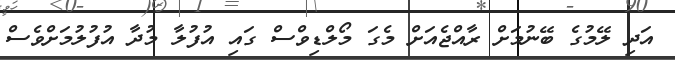
އަދި ލޭމުގެ ބޭނުމަށް ރާއްޖެއަށް މެގަ މޯލްޑިވްސް ގައި އުފުލާ މުދާ އުފުލުމަށްވެސް